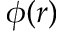
\phi ( r )